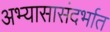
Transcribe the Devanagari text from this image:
अभ्यासासंदर्भात